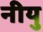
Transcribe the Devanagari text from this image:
नीयु